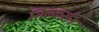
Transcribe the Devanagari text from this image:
गिल्कर्सन